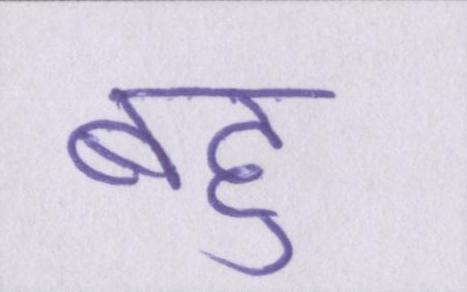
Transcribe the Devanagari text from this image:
बहु